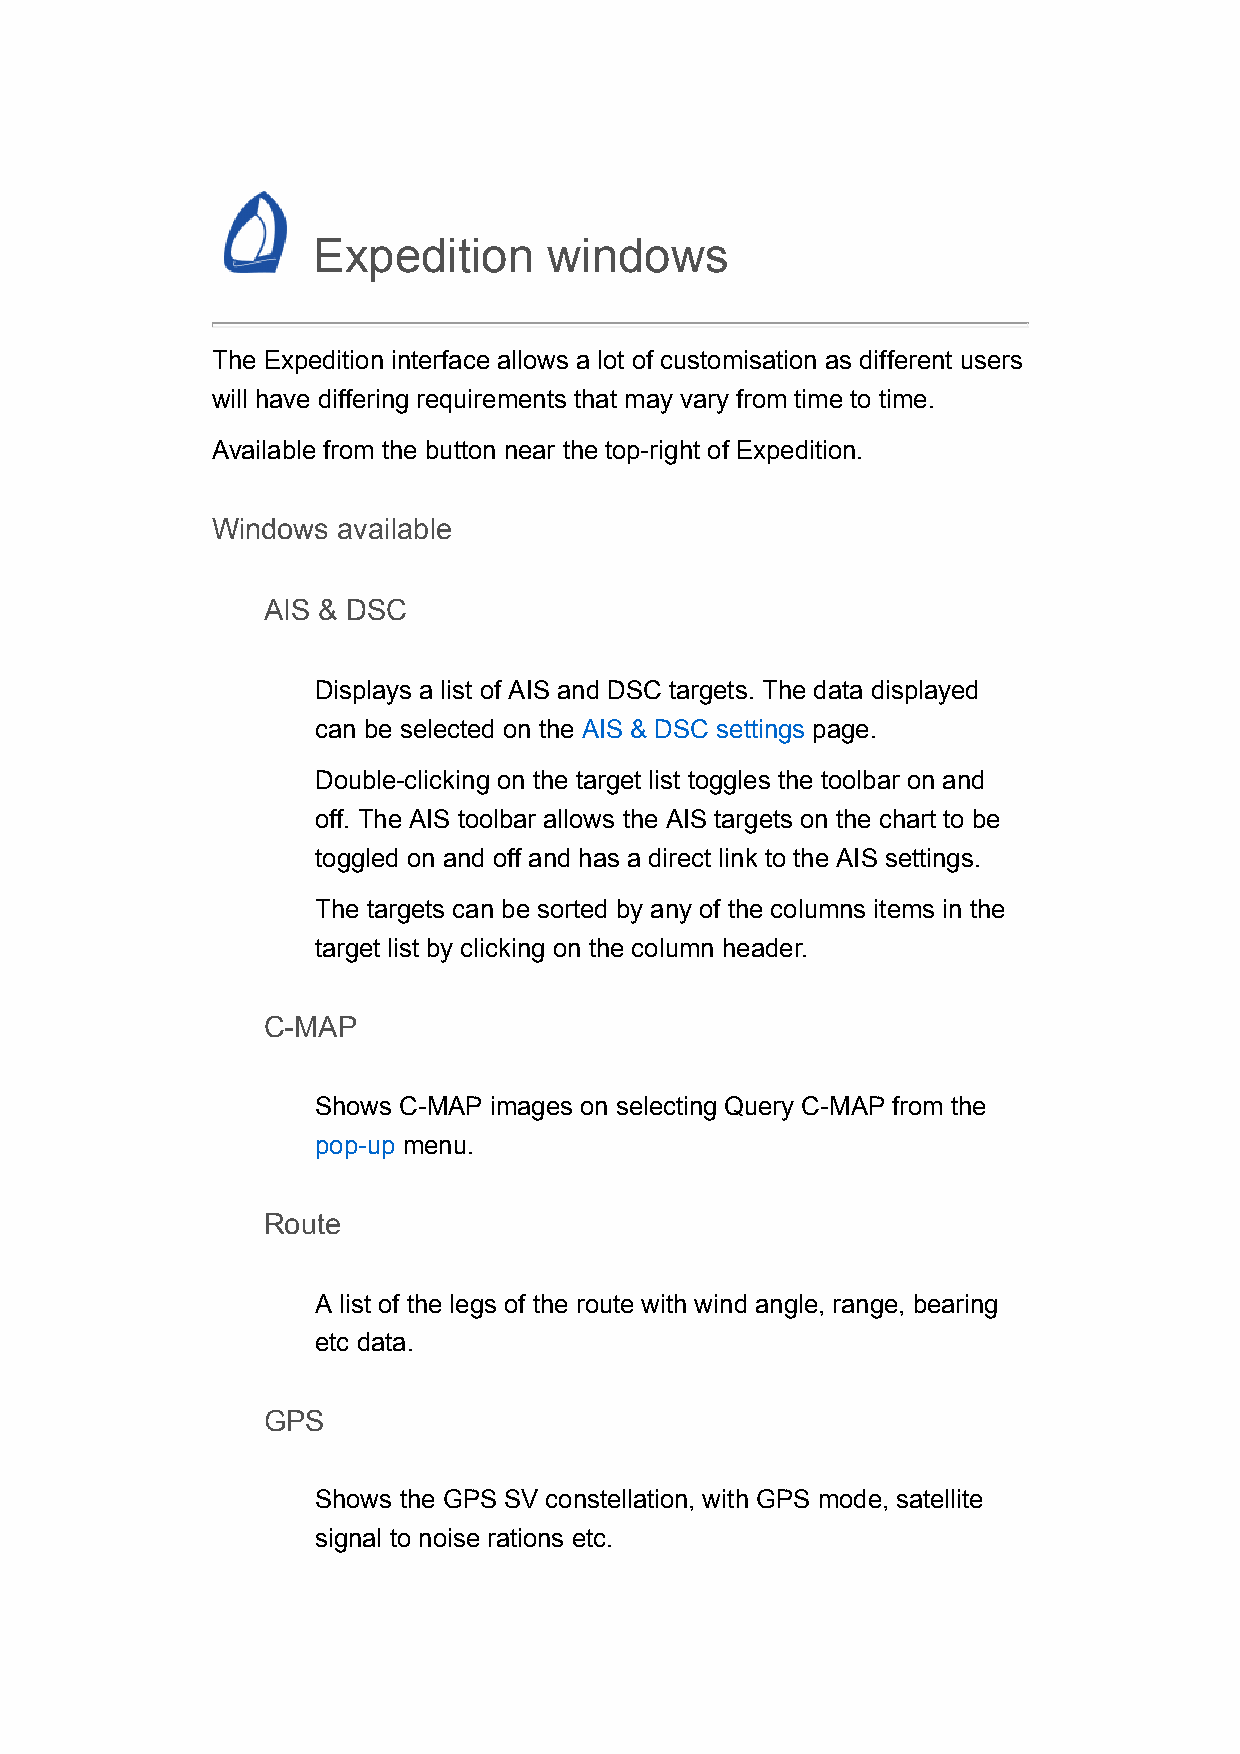
Expedition     windows
 The Expedition interface allows a lot of customisation as different users
 will have differing requirements that may vary from time to time.
 Available from the button near the top-right of Expedition.
 Windows available
 AIS & DSC
 Displays a list of AIS and DSC targets. The data displayed
 can be selected on the AIS & DSC settings page.
 Double-clicking on the target list toggles the toolbar on and
 off. The AIS toolbar allows the AIS targets on the chart to be
 toggled on and off and has a direct link to the AIS settings.
 The targets can be sorted by any of the columns items in the
 target list by clicking on the column header.
 C-MAP
 Shows C-MAP images on selecting Query C-MAP from the
 pop-up menu.
 Route
 A list of the legs of the route with wind angle, range, bearing
 etc data.
 GPS
 Shows the GPS SV constellation, with GPS mode, satellite
 signal to noise rations etc.